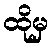
ထိုမှ